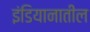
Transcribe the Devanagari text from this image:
इंडियानातील